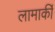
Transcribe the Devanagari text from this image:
लामार्की